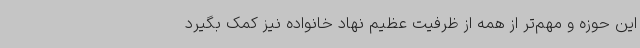
این حوزه و مهم‌تر از همه از ظرفیت عظیم نهاد خانواده نیز کمک بگیرد